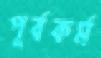
পূর্বকর্ম